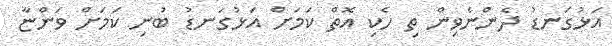
އަޅުގަނޑު ދެންނެވިން ތި ހެކި އޮތް ކަމަށް އަޅުގަނޑު ބުނި ކަމަށް ވަންޏާ